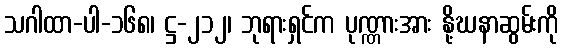
သဂါထာ-ပါ-၁၆၈၊ ဋ္ဌ-၂၁၂၊ ဘုရားရှင်က ပုဏ္ဏားအား နို့ဃနာဆွမ်းကို